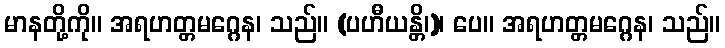
မာနတို့ကို။ အရဟတ္တမဂ္ဂေန၊ သည်။ (ပဟီယန္တိ၊)၊ ပေ။ အရဟတ္တမဂ္ဂေန၊ သည်။